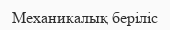
Механикалық беріліс